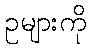
ဥများကို